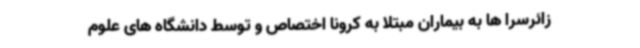
زائرسرا ها به بیماران مبتلا به کرونا اختصاص و توسط دانشگاه های علوم